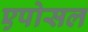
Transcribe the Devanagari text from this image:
एपोसल